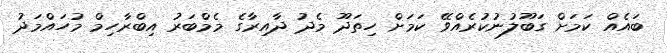
ބައެއް ކަމަށް ގަބޫލުނުކުރެއްވޭ ކަމަށް ހިތަދޫ މެދު ދާއިރާގެ މެމްބަރު އިބްރާހިމް މުހައްމަދު